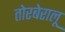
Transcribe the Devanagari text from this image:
तोरबेरालू